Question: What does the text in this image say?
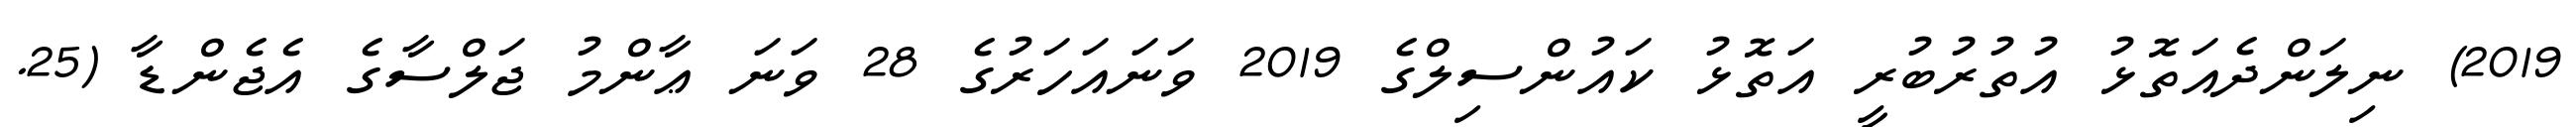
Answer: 2019) ނިލަންދެއަތޮޅު އުތުރުބުރީ އަތޮޅު ކައުންސިލްގެ 2019 ވަނައަހަރުގެ 28 ވަނަ ޢާންމު ޖަލްސާގެ އެޖެންޑާ (25.